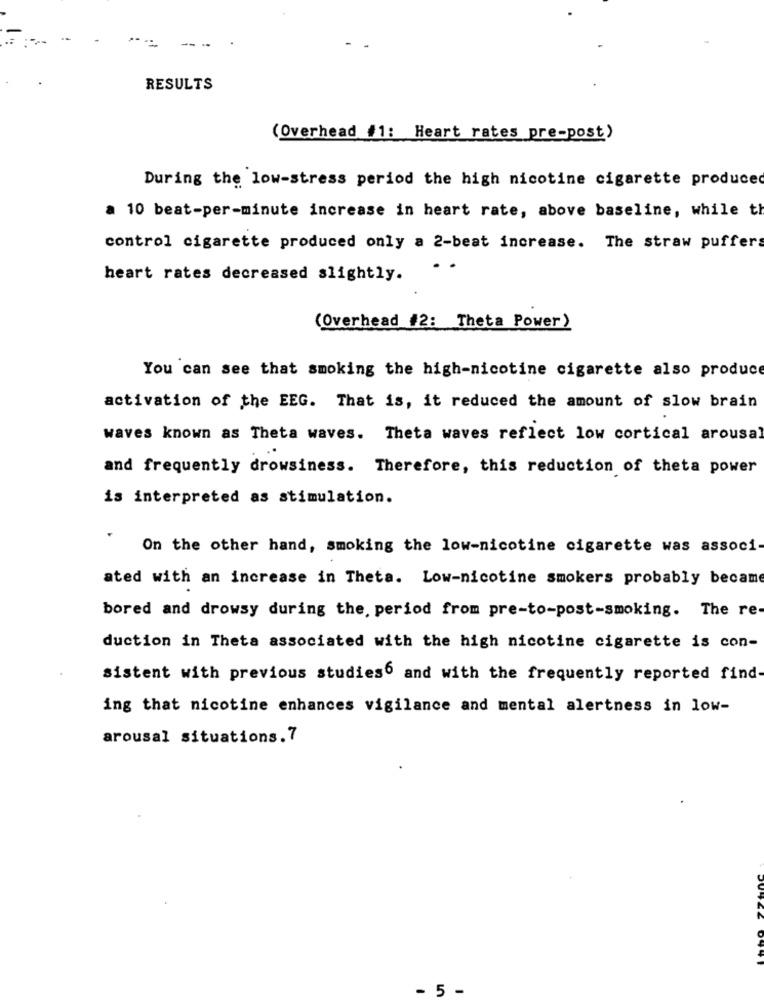
RESULTS
(Overhead #1: Heart rates pre-post)
During the low-stress period the high nicotine cigarette produced
a 10 beat-per-minute increase in heart rate, above baseline, while th
control cigarette produced only a 2-beat increase. The straw puffers
heart rates decreased slightly.
(Overhead #2: Theta Power)
You can see that smoking the high-nicotine cigarette also produce
activation of the EEG. That is, it reduced the amount of slow brain
waves known as Theta waves. Theta waves reflect low cortical arousal
and frequently drowsiness. Therefore, this reduction of theta power
is interpreted as stimulation.
On the other hand, smoking the low-nicotine cigarette was associ
ated with an increase in Theta. Low-nicotine smokers probably became
bored and drowsy during the, period from pre-to-post-smoking. The re-
duction in Theta associated with the high nicotine cigarette is con-
sistent with previous studies and with the frequently reported find-
ing that nicotine enhances vigilance and mental alertness in low-
arousal situations.7
- 5 -